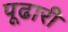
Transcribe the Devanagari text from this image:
पूढारी